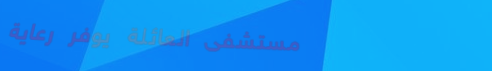
مستشفى العائلة يوفر رعاية